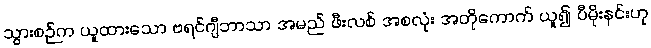
သွားစဉ်က ယူထားသော ဗရင်ဂျီဘာသာ အမည် ဖီးလစ် အစလုံး အတိုကောက် ယူ၍ ပီမိုးနင်းဟု